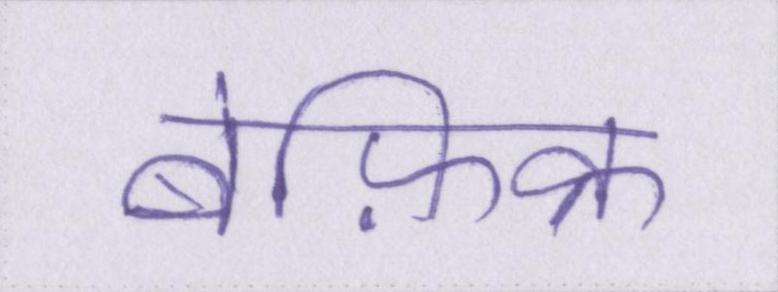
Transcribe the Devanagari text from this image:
बेफ़िक्र